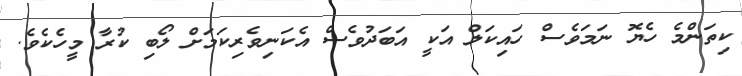
ކިތަންމެ ހެޔޮ ނަމަވެސް ހައިކަލް އަކީ އަބަދުވެސް އެކަނިވެރިކަމަށް ލޯބި ކުރާ މީހެކެވެ.